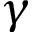
\gamma